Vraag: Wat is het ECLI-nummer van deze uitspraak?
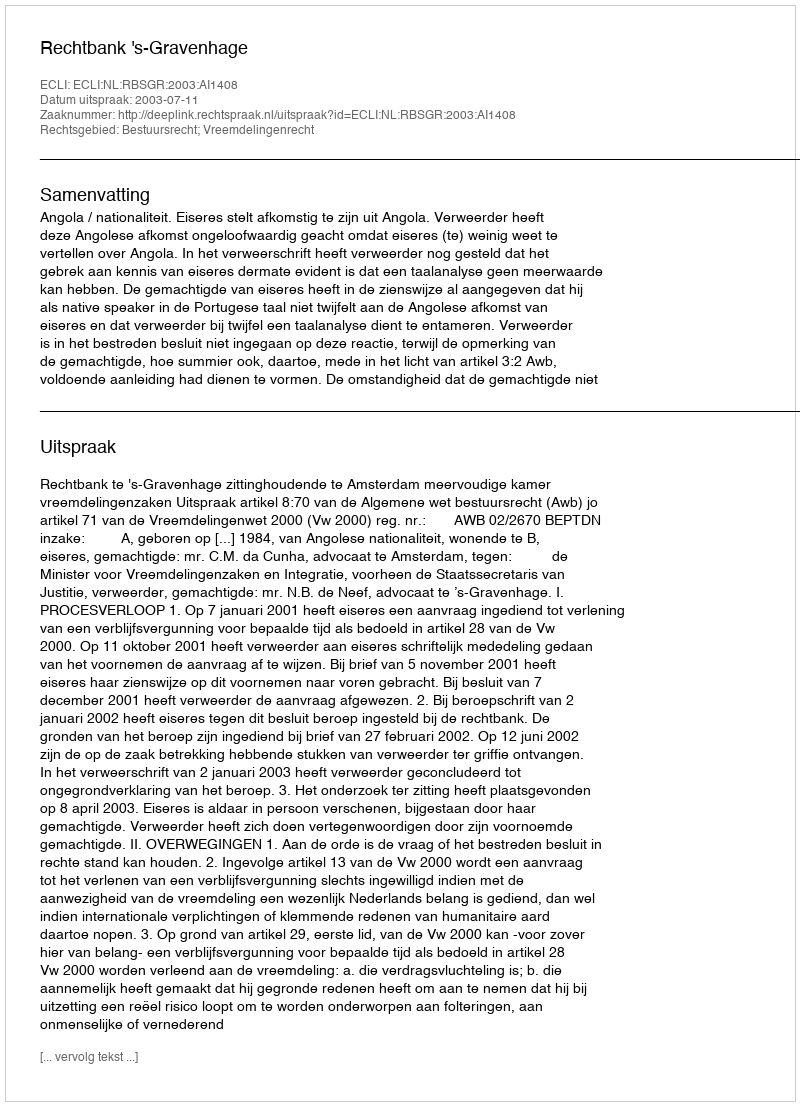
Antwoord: ECLI:NL:RBSGR:2003:AI1408